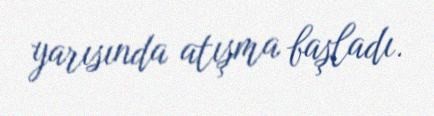
yarısında atışma başladı.